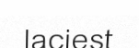
laciest